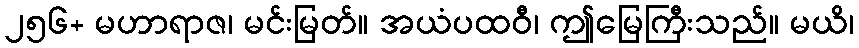
၂၅၆+ မဟာရာဇ၊ မင်းမြတ်။ အယံပထဝီ၊ ဤမြေကြီးသည်။ မယိ၊